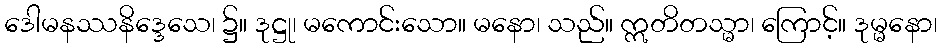
ဒေါမနဿနိဒ္ဒေသေ၊ ၌။ ဒုဋ္ဌု၊ မကောင်းသော။ မနော၊ သည်။ ဣတိတသ္မာ၊ ကြောင့်။ ဒုမ္မနော၊